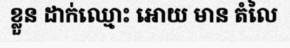
ខ្លួន ដាក់ឈ្មោះ អោយ មាន តំលៃ